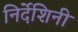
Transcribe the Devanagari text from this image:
निर्देशिनी